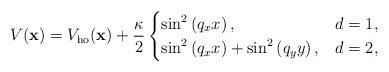
LaTeX: \begin{align*}V(\mathbf{x})=V_{\mathrm{ho}}(\mathbf{x})+\frac{\kappa}{2} \begin{cases}\sin ^{2}\left(q_{x} x\right), & d=1,\\\sin ^{2}\left(q_{x} x\right)+\sin ^{2}\left(q_{y} y\right), & d=2, \\\end{cases}\end{align*}